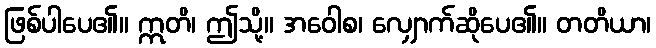
ဖြစ်ပါပေ၏။ ဣတိ၊ ဤသို့။ အဝေါစ၊ လျှောက်ဆိုပေ၏။ တတိယာ၊